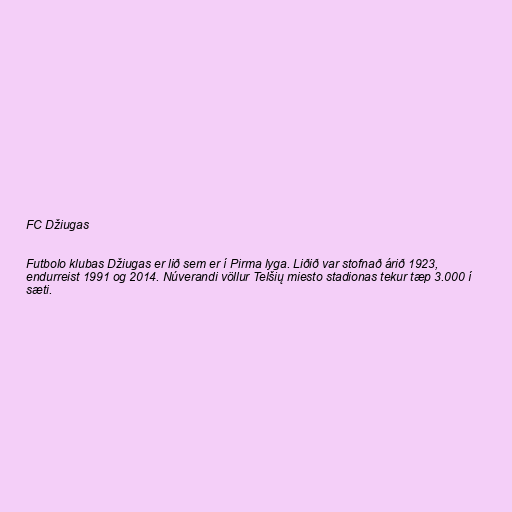
FC Džiugas

Futbolo klubas Džiugas er lið sem er í Pirma lyga. Liðið var stofnað árið 1923,
endurreist 1991 og 2014. Núverandi völlur Telšių miesto stadionas tekur tæp 3.000 í
sæti.